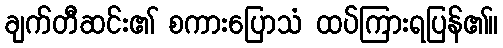
ချက်တီဆင်း၏ စကားပြောသံ ထပ်ကြားရပြန်၏။